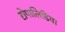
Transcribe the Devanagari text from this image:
रोपालिडिया